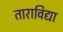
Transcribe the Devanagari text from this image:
ताराविद्या